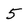
Character: 5